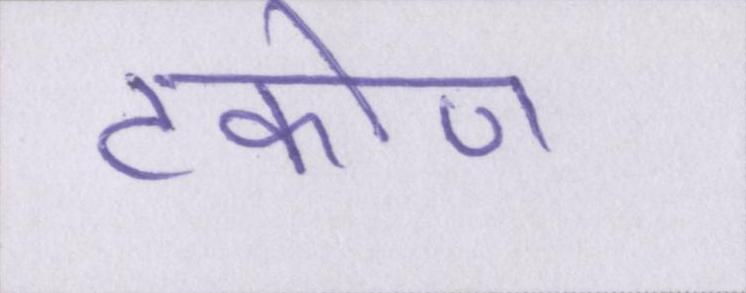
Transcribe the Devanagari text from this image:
टकोण